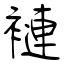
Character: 褳